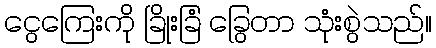
ငွေကြေးကို ခြိုးခြံ ခြွေတာ သုံးစွဲသည်။